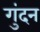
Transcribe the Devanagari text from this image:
गुंदन